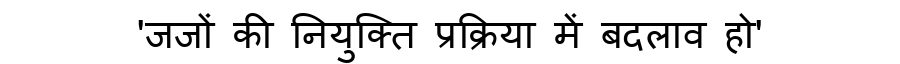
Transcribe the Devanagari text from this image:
'जजों की नियुक्ति प्रक्रिया में बदलाव हो'